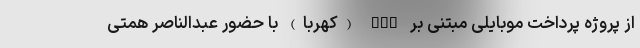
از پروژه پرداخت موبایلی مبتنی بر EMV (کهربا) با حضور عبدالناصر همتی